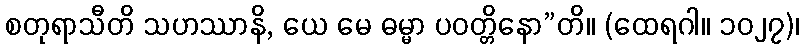
စတုရာသီတိ သဟဿာနိ, ယေ မေ ဓမ္မာ ပဝတ္တိနော”တိ။ (ထေရဂါ။ ၁၀၂၇)၊